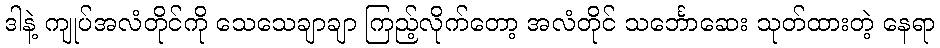
ဒါနဲ့ ကျုပ်အလံတိုင်ကို သေသေချာချာ ကြည့်လိုက်တော့ အလံတိုင် သင်္ဘောဆေး သုတ်ထားတဲ့ နေရာ